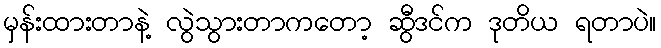
မှန်းထားတာနဲ့ လွဲသွားတာကတော့ ဆွီဒင်က ဒုတိယ ရတာပဲ။